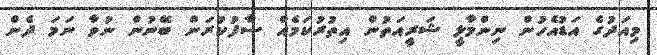
މިއަދުގެ އަޑުއެހުން ނިންމާލީ ޝަރީއަތުން އިތުރުކަމެއް ސާފުކުރަން ބޭނުން ނުވާ ނަމަ ދެން